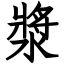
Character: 漿